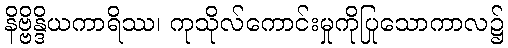
နိဗ္ဗိန္ဒိယကာရိဿ၊ ကုသိုလ်ကောင်းမှုကိုပြုသောကာလ၌